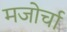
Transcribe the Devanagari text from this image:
मजोर्चा